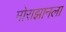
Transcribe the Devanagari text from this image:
मोराझानला